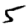
Digit: 5